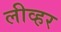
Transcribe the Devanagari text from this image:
लीव्हर